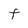
Character: F